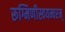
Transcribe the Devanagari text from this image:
रूग्मिणीस्वयम्वरम्